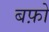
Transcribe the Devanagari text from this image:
बफ़ो